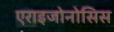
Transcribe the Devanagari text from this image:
एराइजोनोसिस